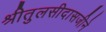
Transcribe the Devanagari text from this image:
श्रीतुलसीदासजीने